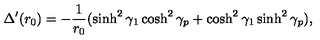
\Delta ^ { \prime } ( r _ { 0 } ) = - { \frac { 1 } { r _ { 0 } } } ( \sinh ^ { 2 } \gamma _ { 1 } \cosh ^ { 2 } \gamma _ { p } + \cosh ^ { 2 } \gamma _ { 1 } \sinh ^ { 2 } \gamma _ { p } ) ,